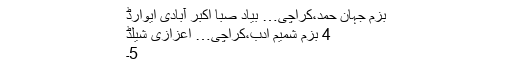
بزمِ جہانِ حمد،کراچی… بیادِ صباؔ اکبر آبادی ایوارڈ
4 بزمِ شمیمِ اَدب،کراچی… اعزازی شیلڈ
5۔